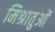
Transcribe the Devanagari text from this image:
मिश्रातुओं